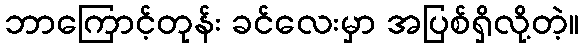
ဘာကြောင့်တုန်း ခင်လေးမှာ အပြစ်ရှိလို့တဲ့။